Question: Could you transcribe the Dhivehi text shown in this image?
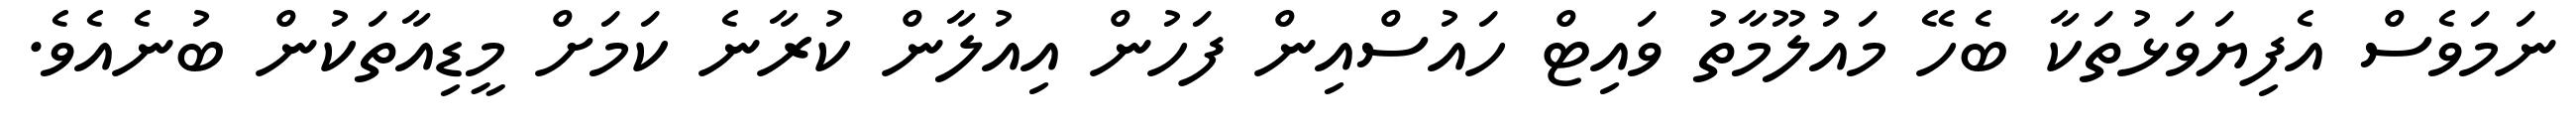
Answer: ނަމަވެސް އެފިޔަވަޅުތަކާ ބެހޭ މައުލޫމާތު ވައިޓް ހައުސްއިން ފަހުން އިއުލާން ކުރާނެ ކަމަށް މީޑިއާތަކުން ބުނެއެވެ.